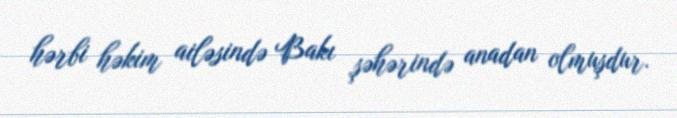
hərbi həkim ailəsində Bakı şəhərində anadan olmuşdur.